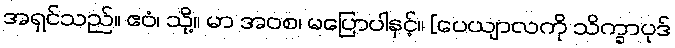
အရှင်သည်။ ဧဝံ၊ သို့။ မာ အဝစ၊ မပြောပါနှင့်။ [ပေယျာလကို သိက္ခာပုဒ်